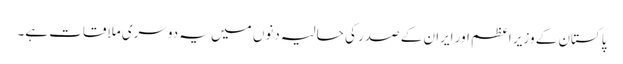
پاکستان کے وزیر اعظم اور ایران کے صدر کی حالیہ دنوں میں یہ دوسری ملاقات ہے۔